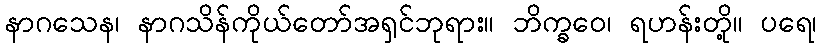
နာဂသေန၊ နာဂသိန်ကိုယ်တော်အရှင်ဘုရား။ ဘိက္ခဝေ၊ ရဟန်းတို့။ ပရေ၊